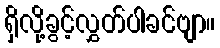
ရှိလို့ခွင့်လွှတ်ပါခင်ဗျာ။